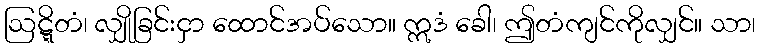
ဩဋ္ဋိတံ၊ လျှိုခြင်းငှာ ထောင်အပ်သော။ ဣဒံ ခေါ၊ ဤတံကျင်ကိုလျှင်။ သာ၊